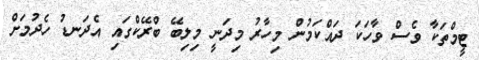
ޓީމްތަކާ ވެސް ވާހަކަ ދައްކަމުން މިހާރު މިދަނީ މިލިބޭ ބްރޭކްގައި އެދަނޑު ހެދުމަށް